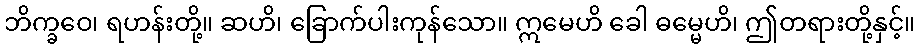
ဘိက္ခဝေ၊ ရဟန်းတို့။ ဆဟိ၊ ခြောက်ပါးကုန်သော။ ဣမေဟိ ခေါ ဓမ္မေဟိ၊ ဤတရားတို့နှင့်။